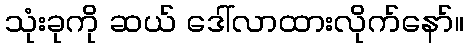
သုံးခုကို ဆယ် ဒေါ်လာထားလိုက်နော်။